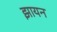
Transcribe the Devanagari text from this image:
झायन